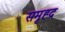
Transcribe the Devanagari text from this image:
समृह्द